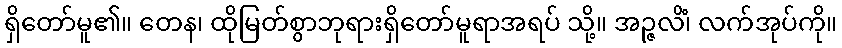
ရှိတော်မူ၏။ တေန၊ ထိုမြတ်စွာဘုရားရှိတော်မူရာအရပ် သို့။ အဉ္ဇလိံ၊ လက်အုပ်ကို။